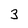
Character: 3